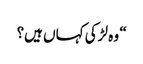
“ وہ لڑکی کہاں ہیں؟